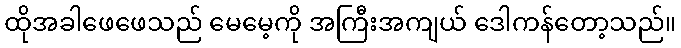
ထိုအခါဖေဖေသည် မေမေ့ကို အကြီးအကျယ် ဒေါကန်တော့သည်။